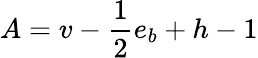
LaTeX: A=v-{\frac{1}{2}}e_{b}+h-1